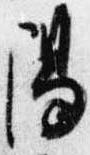
陽